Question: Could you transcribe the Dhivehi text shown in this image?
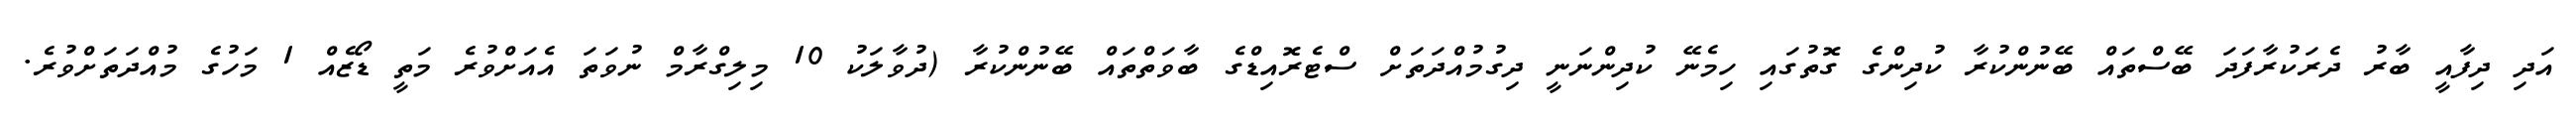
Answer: އަދި ދިފާއީ ބާރު ދެރަކުރާފަދަ ބޭސްތައް ބޭނުންކުރާ ކުދިންގެ ގޮތުގައި ހިމެނޭ ކުދިންނަނީ ދިގުމުއްދަތަށް ސްޓެރޮއިޑްގެ ބާވަތްތައް ބޭނުންކުރާ (ދުވާލަކު 10 މިލިގްރާމް ނުވަތަ އެއަށްވުރެ މަތީ ޑޯޒެއް 1 މަހުގެ މުއްދަތަށްވުރެ.